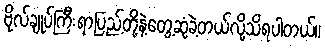
ဗိုလ်ချုပ်ကြီးရာပြည့်တို့နဲ့တွေ့ဆုံခဲ့တယ်လို့သိရပါတယ်။